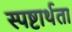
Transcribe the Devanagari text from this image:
स्पष्टार्थता